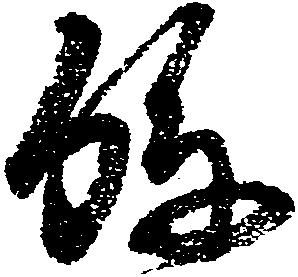
孫